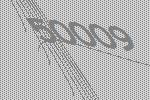
50009